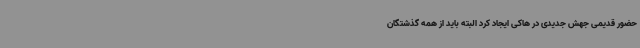
حضور قدیمی جهش جدیدی در هاکی ایجاد کرد البته باید از همه گذشتگان